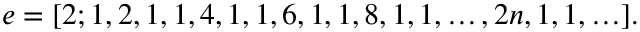
e = [ 2 ; 1 , 2 , 1 , 1 , 4 , 1 , 1 , 6 , 1 , 1 , 8 , 1 , 1 , \ldots , 2 n , 1 , 1 , \ldots ] .